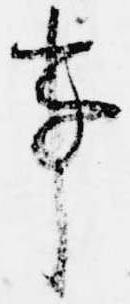
事